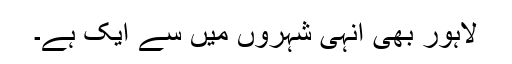
لاہور بھی انہی شہروں میں سے ایک ہے۔